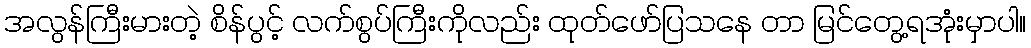
အလွန်ကြီးမားတဲ့ စိန်ပွင့် လက်စွပ်ကြီးကိုလည်း ထုတ်ဖော်ပြသနေ တာ မြင်တွေ့ရအုံးမှာပါ။